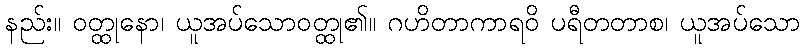
နည်း။ ဝတ္ထုနော၊ ယူအပ်သောဝတ္ထု၏။ ဂဟိတာကာရဝိ ပရီတတာစ၊ ယူအပ်သော